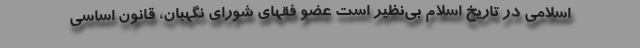
اسلامی در تاریخ اسلام بی‌نظیر است عضو فقهای شورای نگهبان، قانون اساسی